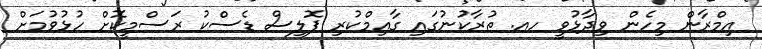
އިމްރާން މިހެން ވިދާޅުވީ ހއ. ތުރާކުނުގައި ގާއިމްކުރި ޕޮލިސް ޑެސްކު ރަސްމީކޮށް ހުޅުވުމަށް